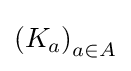
\left(K_{a}\right)_{a\in A}